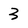
Character: 3